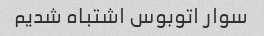
سوار اتوبوس اشتباه شدیم